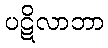
ပဋိလာဘာ